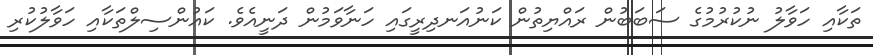
ތަކާއި ހަވާލު ނުކުރުމުގެ ސަބަބުން ރައްޔިތުން ކަނުއަނދިރީގައި ހަނާވަމުން ދަނީއެވެ. ކައުންސިލްތަކާއި ހަވާލުކުރި